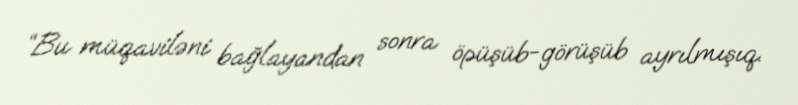
“Bu müqaviləni bağlayandan sonra öpüşüb-görüşüb ayrılmışıq.